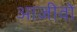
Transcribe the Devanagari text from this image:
आजीवो